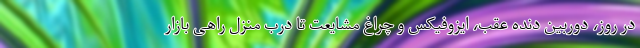
در روز، دوربین دنده عقب، ایزوفیکس و چراغ مشایعت تا درب منزل راهی بازار